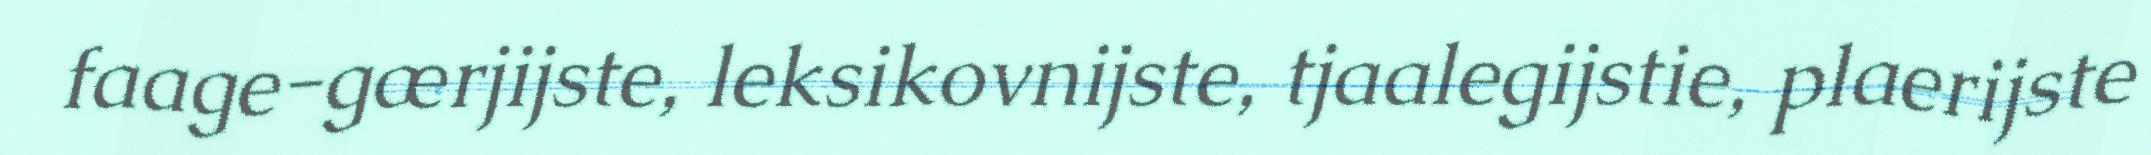
faage-gærjijste, leksikovnijste, tjaalegijstie, plaerijste